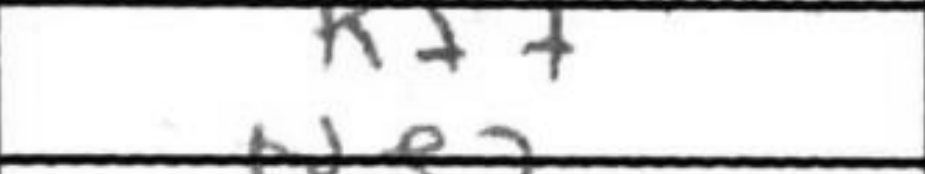
Transcription: Kf7